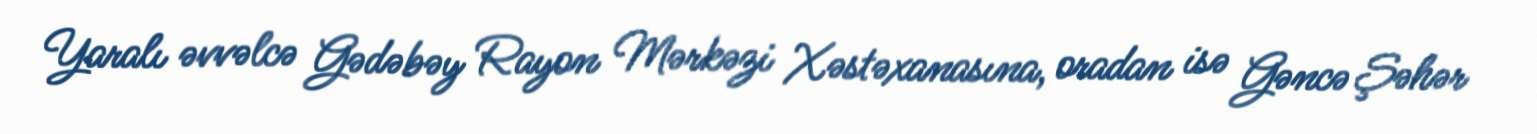
Yaralı əvvəlcə Gədəbəy Rayon Mərkəzi Xəstəxanasına, oradan isə Gəncə Şəhər